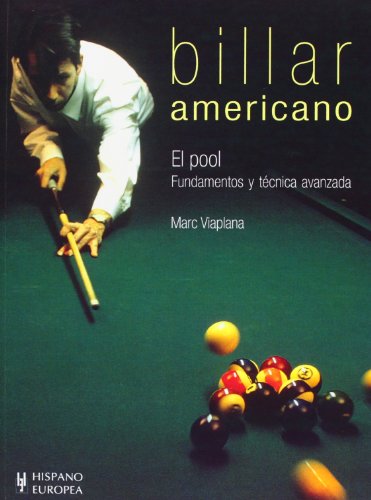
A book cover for Billar americano (Spanish Edition); Marc Viaplana; Sports & Outdoors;